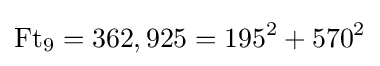
\operatorname {Ft} _{9}=362,925=195^{2}+570^{2}